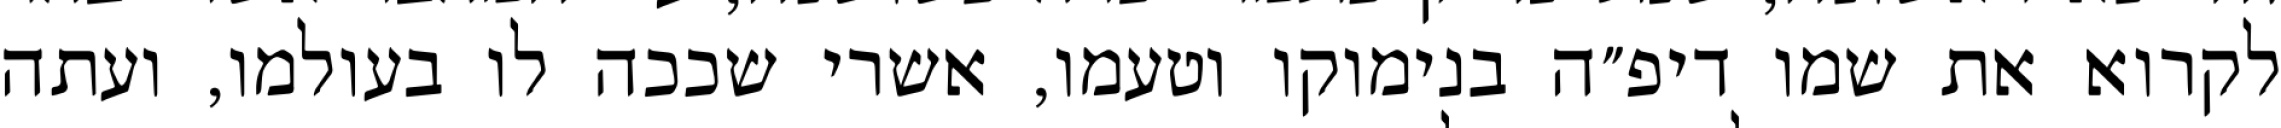
לקרוא את שמו דיפ״ה בנימוקו וטעמו, אשרי שככה לו בעולמו, ועתה